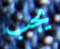
يجب